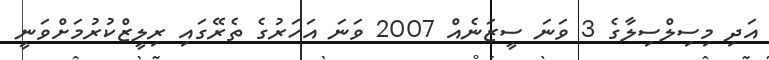
އަދި މިސިލްސިލާގެ 3 ވަނަ ސީޒަނެއް 2007 ވަނަ އަހަރުގެ ތެރޭގައި ރިލީޒްކުރުމަށްވަނީ